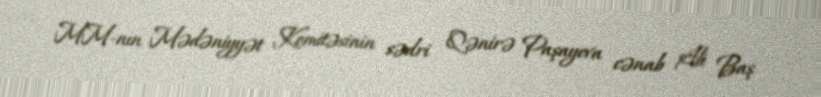
MM-nın Mədəniyyət Komitəsinin sədri Qənirə Paşayeva cənab Ali Baş